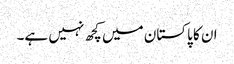
ان کا پاکستان میں کچھ نہیں ہے۔